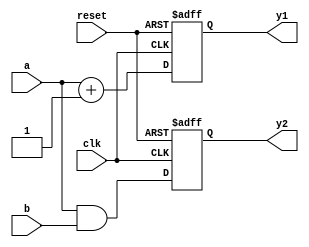
module cpld_example (
    input wire clk,          // Global clock signal
    input wire reset,        // Global reset signal
    input wire [3:0] a,      // Input to Logic Block 1
    input wire [3:0] b,      // Input to Logic Block 2
    output wire [3:0] y1,    // Output from Logic Block 1
    output wire [3:0] y2     // Output from Logic Block 2
);

// Logic Block 1
reg [3:0] lb1_output;
always @(posedge clk or posedge reset) begin
    if (reset) begin
        lb1_output <= 4'b0000; // Reset Logic Block 1 output
    end else begin
        lb1_output <= a + 4'b0001; // Example combinational logic (increment)
    end
end

assign y1 = lb1_output; // Output from Logic Block 1

// Logic Block 2
reg [3:0] lb2_output;
always @(posedge clk or posedge reset) begin
    if (reset) begin
        lb2_output <= 4'b0000; // Reset Logic Block 2 output
    end else begin
        lb2_output <= a & b; // Example combinational logic (AND operation)
    end
end

assign y2 = lb2_output; // Output from Logic Block 2

endmodule